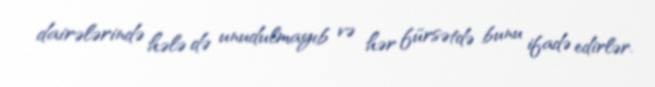
dairələrində hələ də unudulmayıb və hər fürsətdə bunu ifadə edirlər.